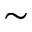
\sim